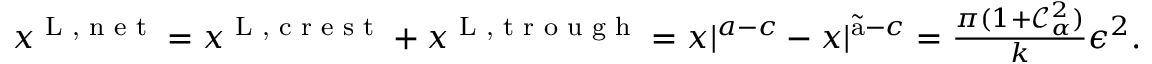
\begin{array} { r } { x ^ { \textnormal { L , n e t } } = x ^ { \textnormal { L , c r e s t } } + x ^ { \textnormal { L , t r o u g h } } = x | ^ { a - c } - x | ^ { \Tilde { \mathrm { a } } - c } = \frac { \pi ( 1 + \mathcal { C } _ { \alpha } ^ { 2 } ) } { k } \epsilon ^ { 2 } . } \end{array}